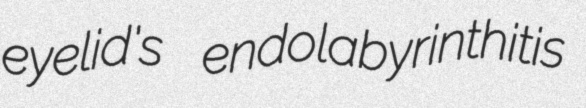
eyelid's endolabyrinthitis